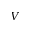
V